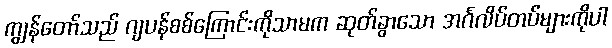
ကျွန်တော်သည် ဂျပန်စစ်ကြောင်းကိုသာမက ဆုတ်ခွာသော အင်္ဂလိပ်တပ်များကိုပါ